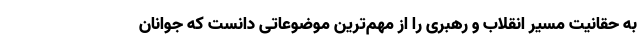
به حقانیت مسیر انقلاب و رهبری را از مهم‌ترین موضوعاتی دانست که جوانان